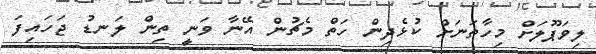
ލިވަޕޫލަށް މިހާތަނަށް ކުޅެދިން ހަތް މެޗުން އޭނާ ވަނީ ތިން ލަނޑު ޖަހައިފަ